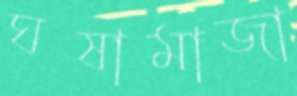
ঘষামাজা